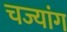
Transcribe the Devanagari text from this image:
चज्यांग